Scottish Leaving Certificate Examination, 1951
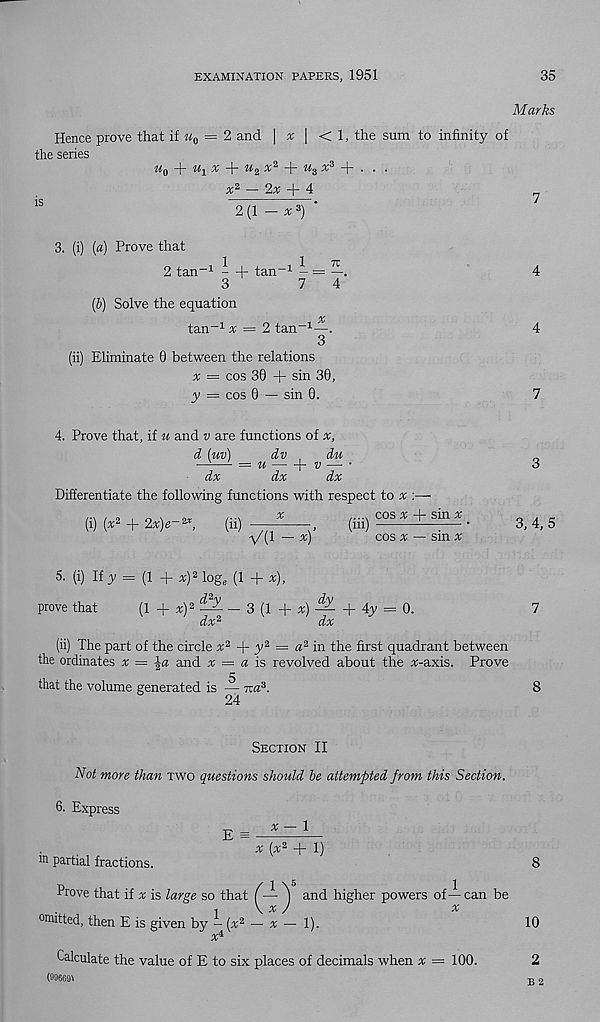
EXAMINATION PAPERS, 1951
35
Marks
Hence prove that if w 0 = 2 and | * | < 1, the sum to infinity of
the series
w 0 + % * + w 2 3; 2 + % + • . .
a; 2 — 2* + 4
is
•
'
2 (1 — x z )
3. (i) {a) Prove that
2 tan -1 - + tan -1 - = —.
3
7
4
(&) Solve the equation
X
tan -1 x = 2 tan -1 —.
3
(ii) Eliminate 0 between the relations
* = cos 30 + sin 30,
y = cos 0 — sin 0.
4. Prove that, if u and v are functions of x,
d (uv)
dv ,
du
——- = u —h — •
dx
dx
dx
Differentiate the following functions with respect to * :—-
or
....
^
cos ^ + sin a;
(i) (x* + 2x)e~2 x ,
(u) —
(m)
•
•\/(l — x)
cos x — sm x
4
4
7
3
3, 4,5
5. (i) If y = (1 + x) 2 log, (1 + x),
prove that
(i + x y ^ - 3 (i + x )
+ 4 y = Q,
dx 2
dx
(ii) The part of the circle % 2 + y 2 = a 2 in the first quadrant between
the ordinates % = ±a and x = a is revolved about the *-axis. Prove
that the volume generated is — rra 3 .
24
7
8
Section II
Not more than two questions should he attempted from this Section.
S. Express
E =
in partial fractions.
x — l
x (x 2 + 1)
1 \ 5
and higher powers of — can be
Prove that if x is large so that
^
omitted, then E is given by-(x 2 — x—l).
x i
Calculate the value of E to six places of decimals when x = 100.
(0966^
10
2
B 2